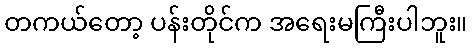
တကယ်တော့ ပန်းတိုင်က အရေးမကြီးပါဘူး။